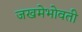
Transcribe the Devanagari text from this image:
जखमेभोवती